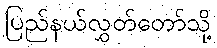
ပြည်နယ်လွှတ်တော်သို့